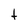
Character: t